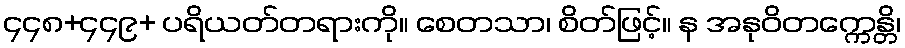
၄၄၈+၄၄၉+ ပရိယတ်တရားကို။ စေတသာ၊ စိတ်ဖြင့်။ န အနုဝိတက္ကေန္တိ၊